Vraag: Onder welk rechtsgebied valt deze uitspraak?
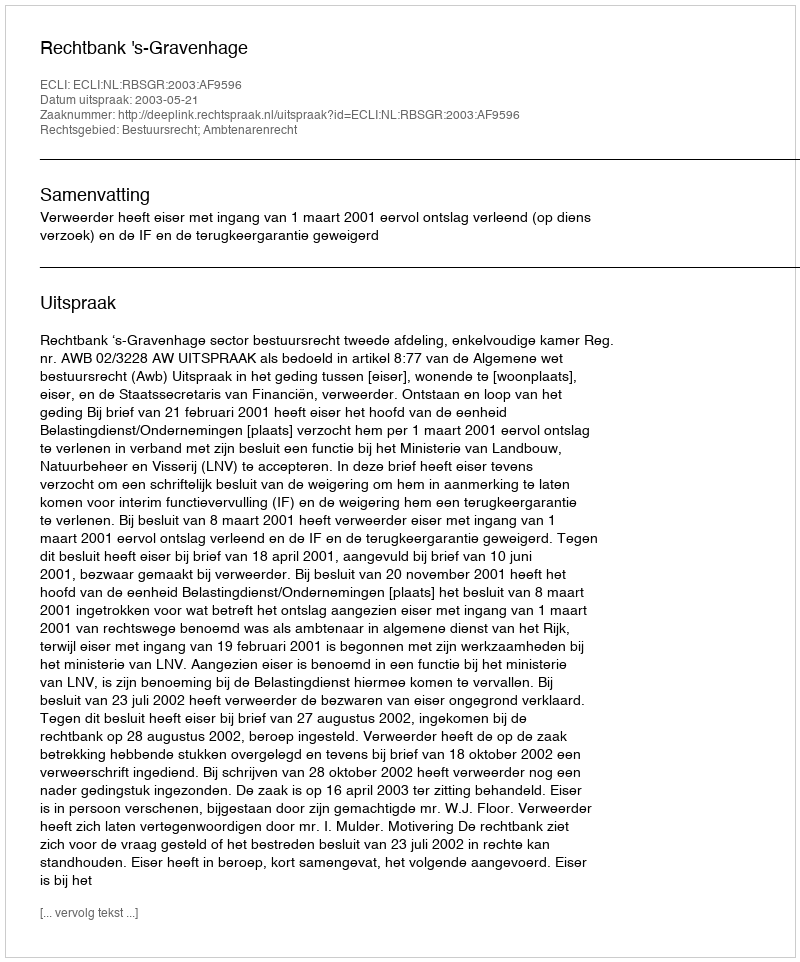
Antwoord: Bestuursrecht; Ambtenarenrecht